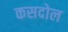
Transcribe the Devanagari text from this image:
कसदोल